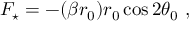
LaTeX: F _ { \star } = - ( \beta r _ { 0 } ) r _ { 0 } \cos 2 \theta _ { 0 } ~ ,